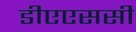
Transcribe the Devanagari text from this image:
डीएएससी